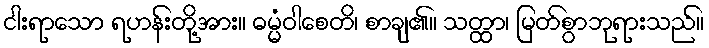
ငါးရာသော ရဟန်းတို့အား။ ဓမ္မံဝါစေတိ၊ စာချ၏။ သတ္ထာ၊ မြတ်စွာဘုရားသည်။